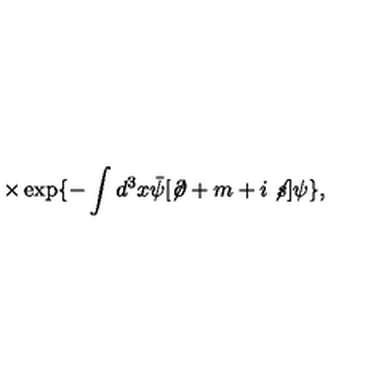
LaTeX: \times \exp \{ - \int d ^ { 3 } x { \bar { \psi } } [ \not \! \partial + m + i \not \! s ] \psi \} ,